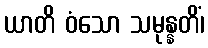
ယာတိ ဝံသော သမုန္နတိံ၊